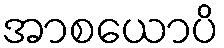
အာစယောပိ